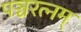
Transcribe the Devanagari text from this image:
पञ्चरत्नम्